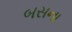
બસના